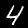
Digit: 4